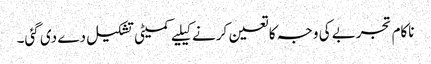
ناکام تجربے کی وجہ کا تعین کرنے کیلیے کمیٹی تشکیل دے دی گئی۔